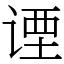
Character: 𬤇